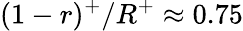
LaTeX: (1-r)^{+}/R^{+}\approx 0.75